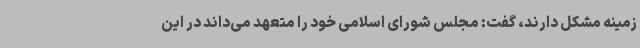
زمینه مشکل دارند، گفت: مجلس شورای اسلامی خود را متعهد می‌داند در این